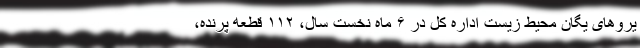
یروهای یگان محیط ‌زیست اداره کل در ۶ ماه نخست سال، ۱۱۲ قطعه پرنده،